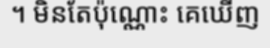
។ មិនតែប៉ុណ្ណោះ គេឃើញ